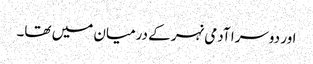
اور دوسرا آدمی نہر کے درمیان میں تھا۔